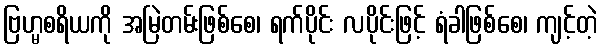
ဗြဟ္မစရိယကို အမြဲတမ်းဖြစ်စေ၊ ရက်ပိုင်း လပိုင်းဖြင့် ရံခါဖြစ်စေ၊ ကျင့်တဲ့